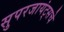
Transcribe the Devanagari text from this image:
सुपरजायंट्सचे